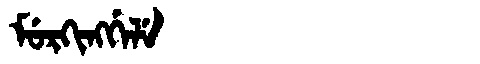
Manchu: ᠮᡠᡵᡴᡳᠩᡤᡝᠯᡝ
Romanization: MURKINGGELE